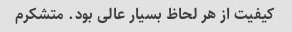
کیفیت از هر لحاظ بسیار عالی بود. متشکرم